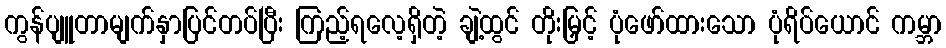
ကွန်ပျူတာမျက်နှာပြင်တပ်ပြီး ကြည့်ရလေ့ရှိတဲ့ ချဲ့ထွင် တိုးမြှင့် ပုံဖော်ထားသော ပုံရိပ်ယောင် ကမ္ဘာ